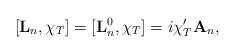
LaTeX: \begin{align*} [{\bf L}_n,\chi_T]=[{\bf L}^0_n,\chi_T]= i\chi_T'{\bf A}_n,\end{align*}